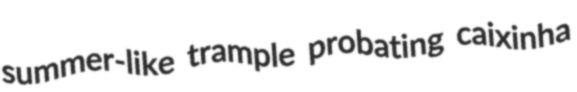
summer-like trample probating caixinha